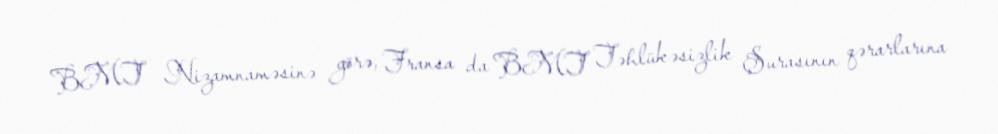
BMT Nizamnaməsinə görə, Fransa da BMT Təhlükəsizlik Şurasının qərarlarına